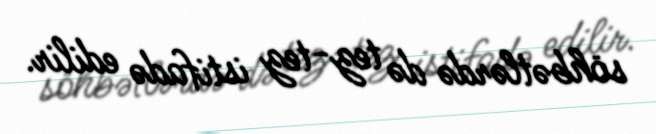
söhbətlərdə də tez-tez istifadə edilir.